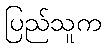
ပြည်သူက